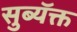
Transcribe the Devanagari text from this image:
सुब्यॅक्त